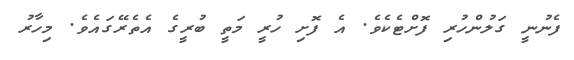
ފެނުނީ ގަލުންހުރި ފޮށްޓެކެވެ. އެ ފޮށި ހުރީ މަތީ ބުރީގެ އެތެރޭގައެވެ. މިހާރު